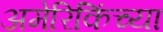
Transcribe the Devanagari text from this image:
अमेरिकिंच्या